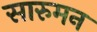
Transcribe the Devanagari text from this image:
सारुमन